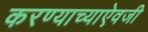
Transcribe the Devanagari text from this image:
करण्याच्याऐवजी